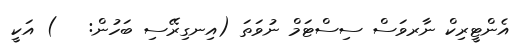
އެންޓީރިކް ނާރވަސް ސިސްޓަމް ނުވަތަ (އިނގިރޭސި ބަހުން:   ) އަކީ